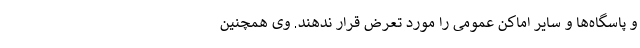
و پاسگاه‌ها و سایر اماکن عمومی را مورد تعرض قرار ندهند. وی همچنین